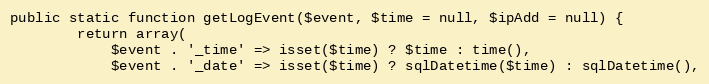
Language: PHP
public static function getLogEvent($event, $time = null, $ipAdd = null) {
		return array(
			$event . '_time' => isset($time) ? $time : time(),
			$event . '_date' => isset($time) ? sqlDatetime($time) : sqlDatetime(),